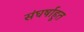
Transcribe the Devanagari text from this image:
संघर्षाहूत